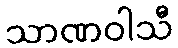
သာဏဝါသီ